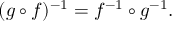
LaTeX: ( g \circ f ) ^ { - 1 } = f ^ { - 1 } \circ g ^ { - 1 } .